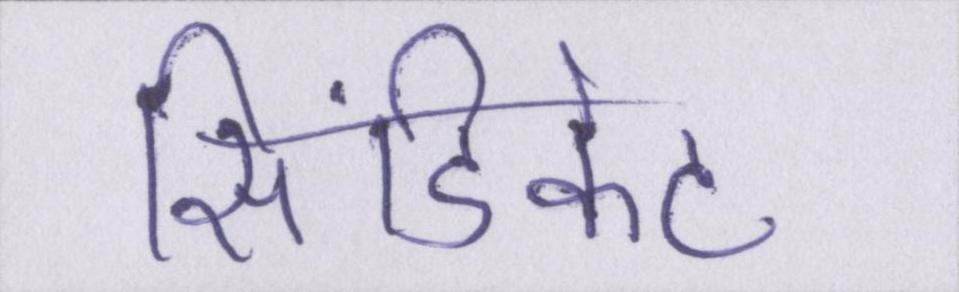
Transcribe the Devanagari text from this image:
सिंडिकेट